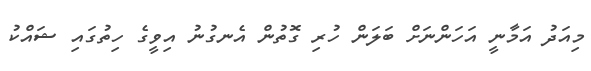
މިއަދު އަމާނީ އަހަންނަށް ބަލަން ހުރި ގޮތުން އެނގުނު އިވީގެ ހިތުގައި ޝައްކު